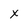
Character: x